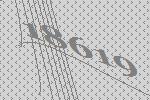
18619